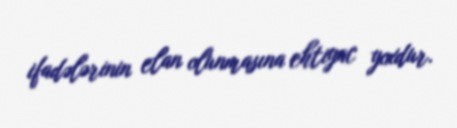
ifadələrinin elan olunmasına ehtiyac yoxdur.